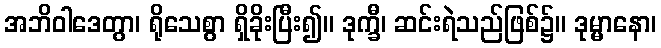
အဘိဝါဒေတွာ၊ ရိုသေစွာ ရှိခိုးပြီး၍။ ဒုက္ခီ၊ ဆင်းရဲသည်ဖြစ်၌။ ဒုမ္မာနော၊